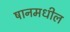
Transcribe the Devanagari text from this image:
षानमधील